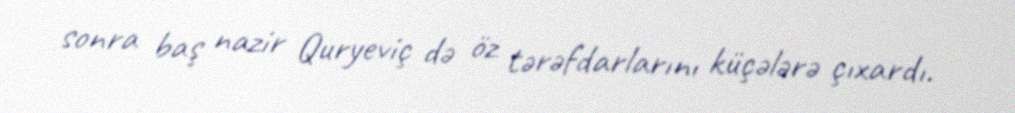
sonra baş nazir Quryeviç də öz tərəfdarlarını küçələrə çıxardı.